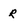
Character: r